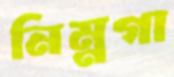
নিম্নগা